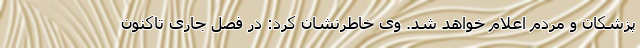
پزشکان و مردم اعلام خواهد شد. وی خاطرنشان کرد: در فصل جاری تاکنون